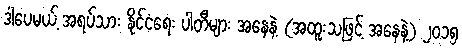
ဒါပေမယ့် အရပ်သား နိုင်ငံရေး ပါတီများ အနေနဲ့ (အထူးသဖြင့် အနေနဲ့) ၂၀၁၅